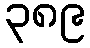
၃၈၉